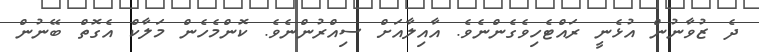
ދެ ޒުވާނުން އުޅެނީ ރައްޓެހިވެގެންނެވެ. އާއިލާއަށް ސިއްރުންނެވެ. ކޮންމެހެން މަލާކް އެގޮތް ބޭނުން